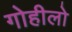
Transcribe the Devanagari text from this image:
गोहीलो